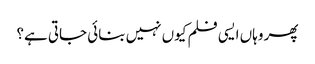
پھر وہاں ایسی فلم کیوں نہیں بنائی جاتی ہے؟